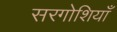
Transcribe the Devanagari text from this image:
सरगोशियाँ